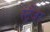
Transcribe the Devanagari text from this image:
स्ट्रैंजर